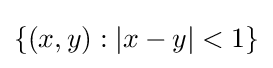
\{(x,y):|x-y|<1\}